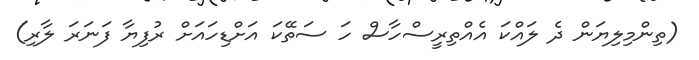
(ތިންމިލިޔަން ދެ ލައްކަ އެއްތިރީސްހާސް ހަ ސަތޭކަ އަށްޑިހައަށް ރުފިޔާ ފަނަރަ ލާރި)